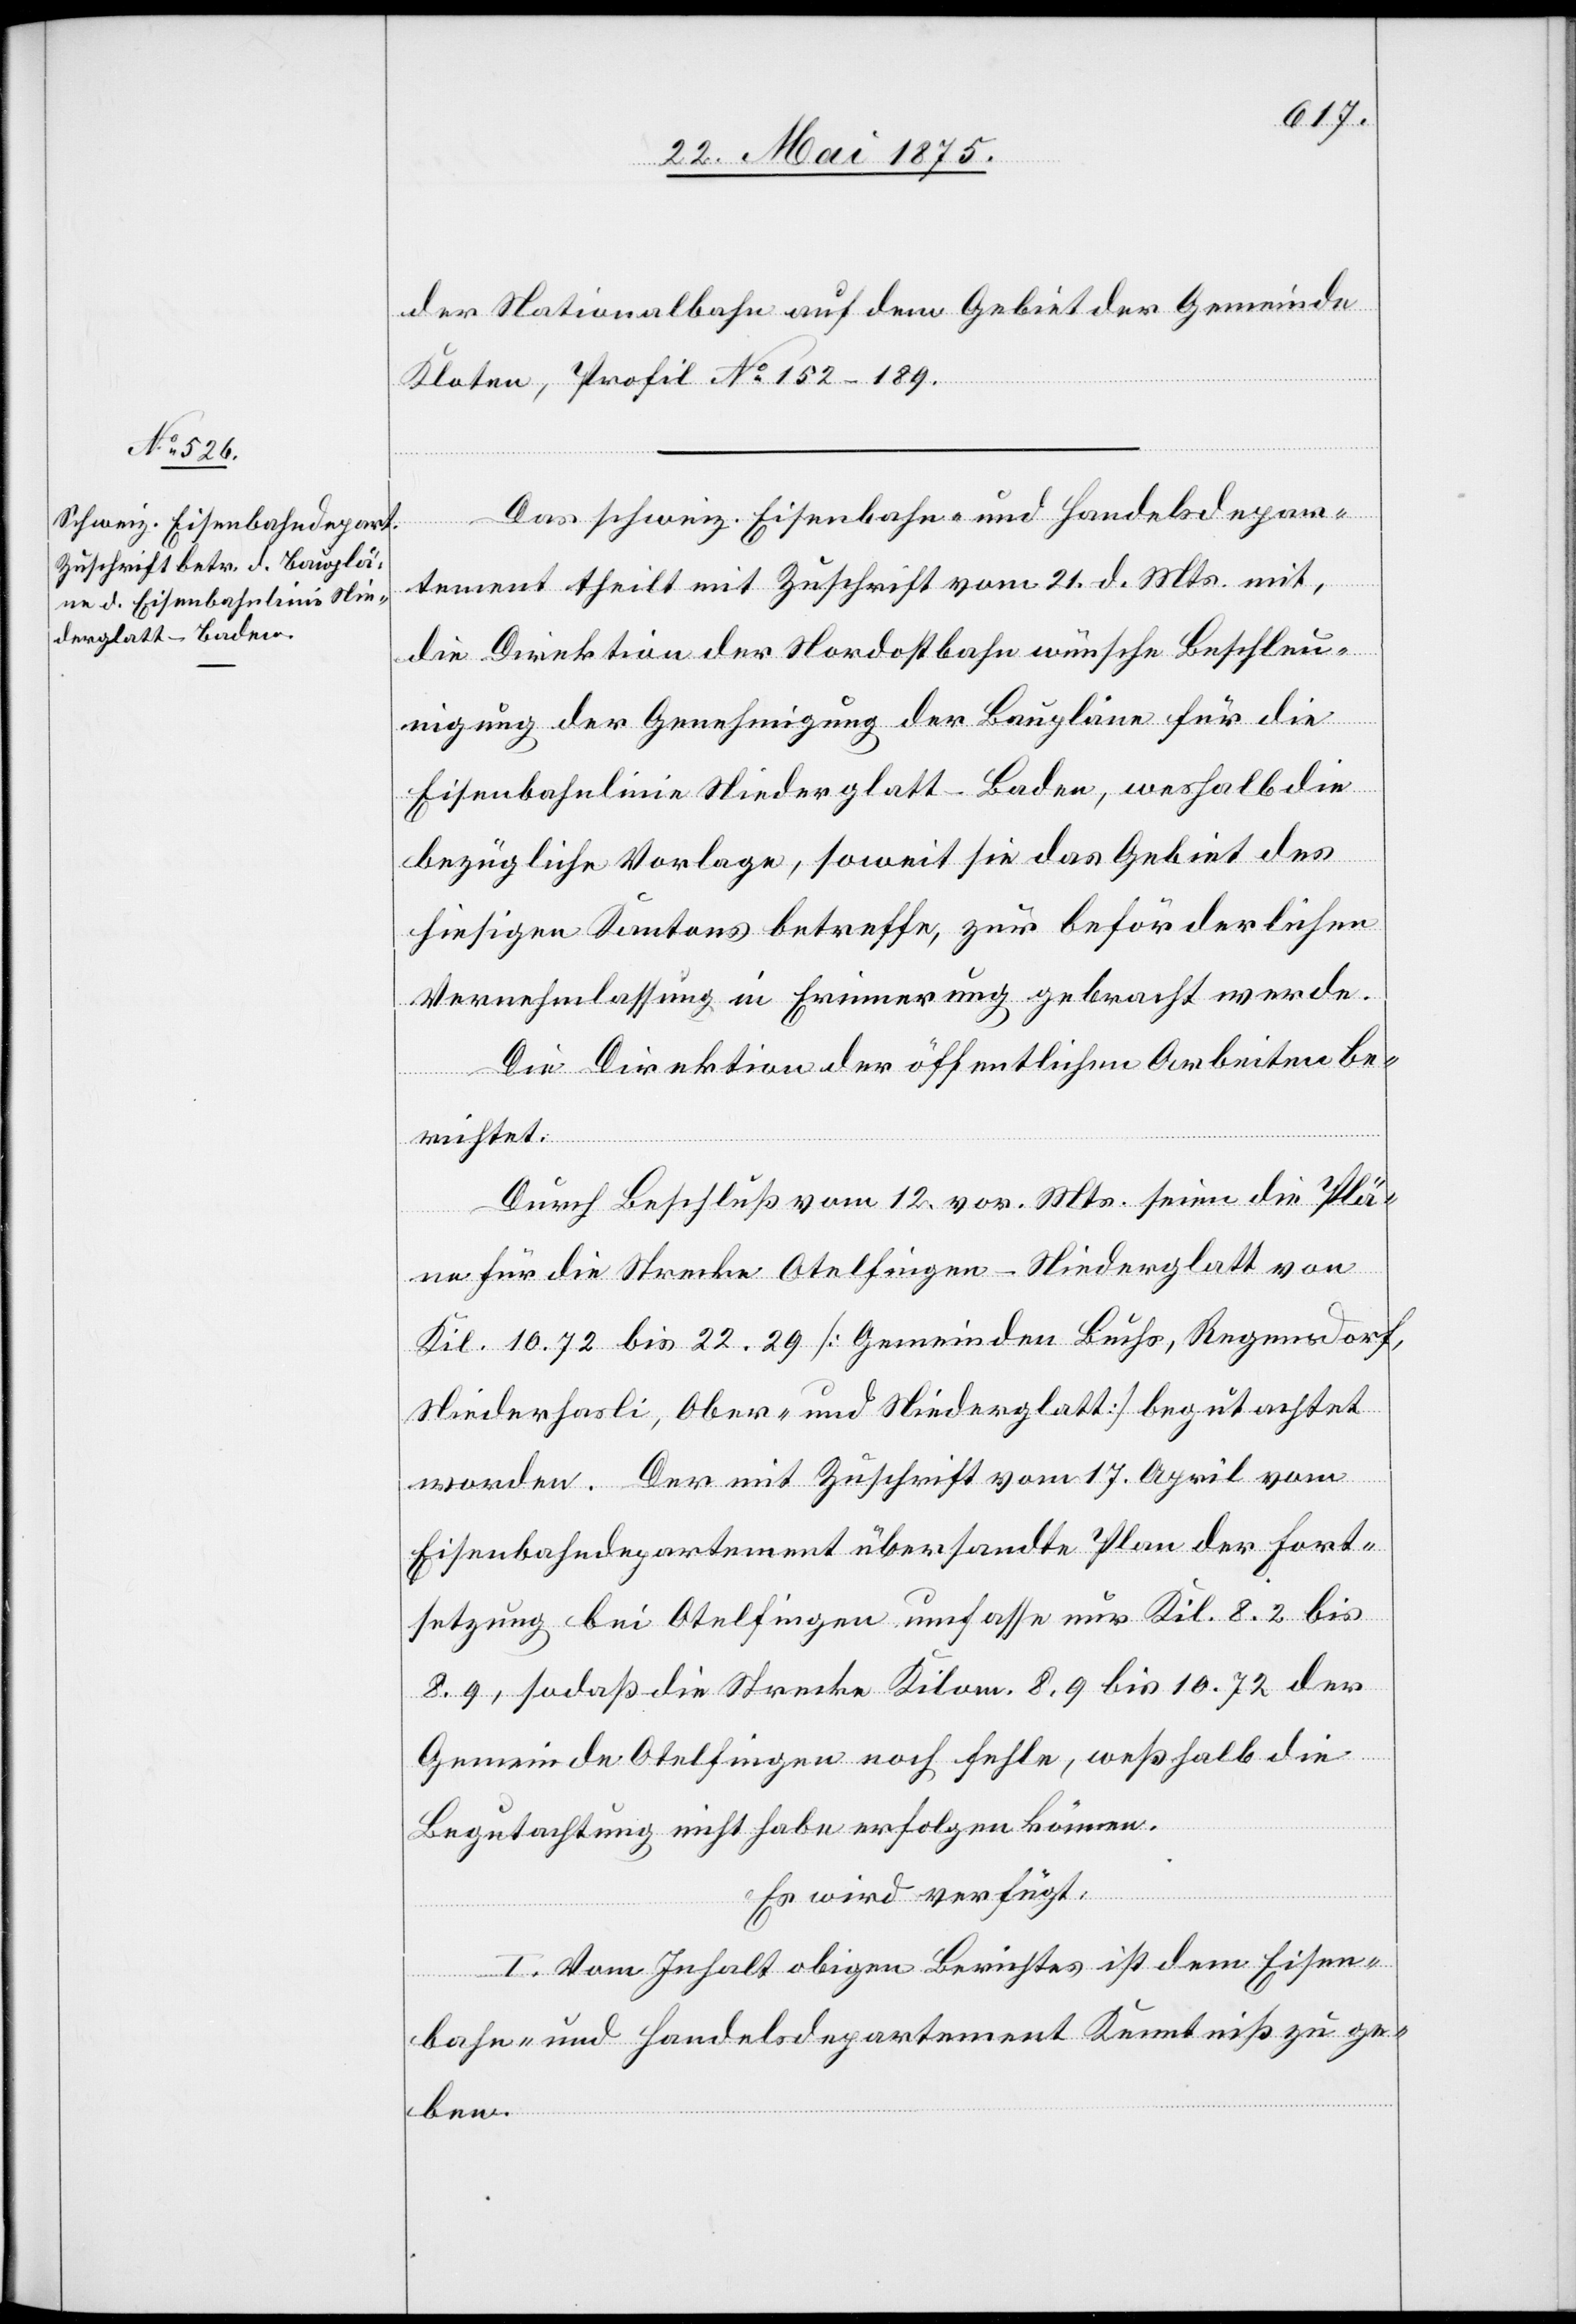
24. Mai 1875.]
der Nationalbahn auf dem Gebiet der Gemeinde
Kloten, Profil No 152–189.
Das schweiz. Eisenbahn- und Handelsdepar¬
fügungen
tement theilt mit Zuschrift vom 21. d. Mts. mit,
die Direktion der Nordostbahn wünsche Beschleu¬
nigung der Genehmigung der Baupläne für die
Eisenbahnlinie Niederglatt–Baden, weshalb die
bezügliche Vorlage, sowie sie das Gebiet des
hiesigen Kantons betreffe, zur beförderlichen
Vernehmlassung in Erinnerung gebracht werde.
Die Direktion der öffentlichen Arbeiten be¬
richtet:
Durch Beschluß vom 21. vor. Mts. seien die Plä¬
ne für die Strecke Otelfingen–Niederglatt von
Kil. 19.72 bis 22.29 [Gemeinden Buchs, Regensdorf,
Niederhasli, Ober- und Niederglatt] begutachtet
worden. Der mit Zuschrift vom 17. April vom
Eisenbahndepartement übersandte Plan der Fort¬
setzung bei Otelfingen umfasse nur Kilom. 8.2 bis
8.9, so daß die Strecke Kilom 8.9 bis 10.72 der
Gemeinde Otelfingen noch fehle, weßhalb die
Begutachtung nicht habe erfolgen können.
Es wird verfügt:
I. Vom Inhalt obigen Berichtes ist dem Eisen¬
bahn- und Handelsdepartement Kenntniß zu ge¬
ben.